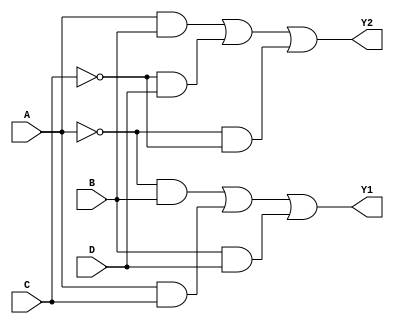
module combinational_logic_block (
    input wire A,      // Input A
    input wire B,      // Input B
    input wire C,      // Input C
    input wire D,      // Input D
    output wire Y1,    // Output Y1
    output wire Y2     // Output Y2
);

// Internal signals for simplified expressions
wire not_A, not_B, not_C, not_D;
wire term1, term2, term3, term4;

// Boolean algebra simplification
// Y1 = A'B + AC + BD
// Y2 = AB + C'D + A'C

// Inverting inputs
not (not_A, A);
not (not_B, B);
not (not_C, C);
not (not_D, D);

// Implementing simplified expressions using AND, OR gates
// Y1 Logic
assign term1 = not_A & B;    // A'B
assign term2 = A & C;        // AC
assign term3 = B & D;        // BD
assign Y1 = term1 | term2 | term3; // Y1 = A'B + AC + BD

// Y2 Logic
assign term4 = A & B;        // AB
assign Y2 = term4 | (not_C & D) | (not_A & not_C); // Y2 = AB + C'D + A'C

endmodule